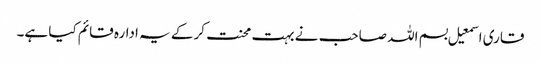
قاری اسمعیل بسم اللہ صاحب نے بہت محنت کرکے یہ ادارہ قائم کیا ہے۔